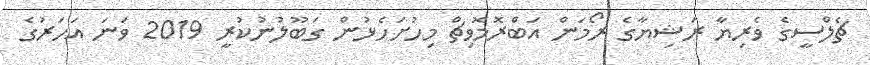
ޗެލްސީގެ ވެރިޔާ ރަޝިޔާގެ ރޯމަން އަބްރޮމޮވިޗް މިހުށަހެޅުން ގަބޫލުނުކުރީ 2019 ވަނަ އަހަރުގެ